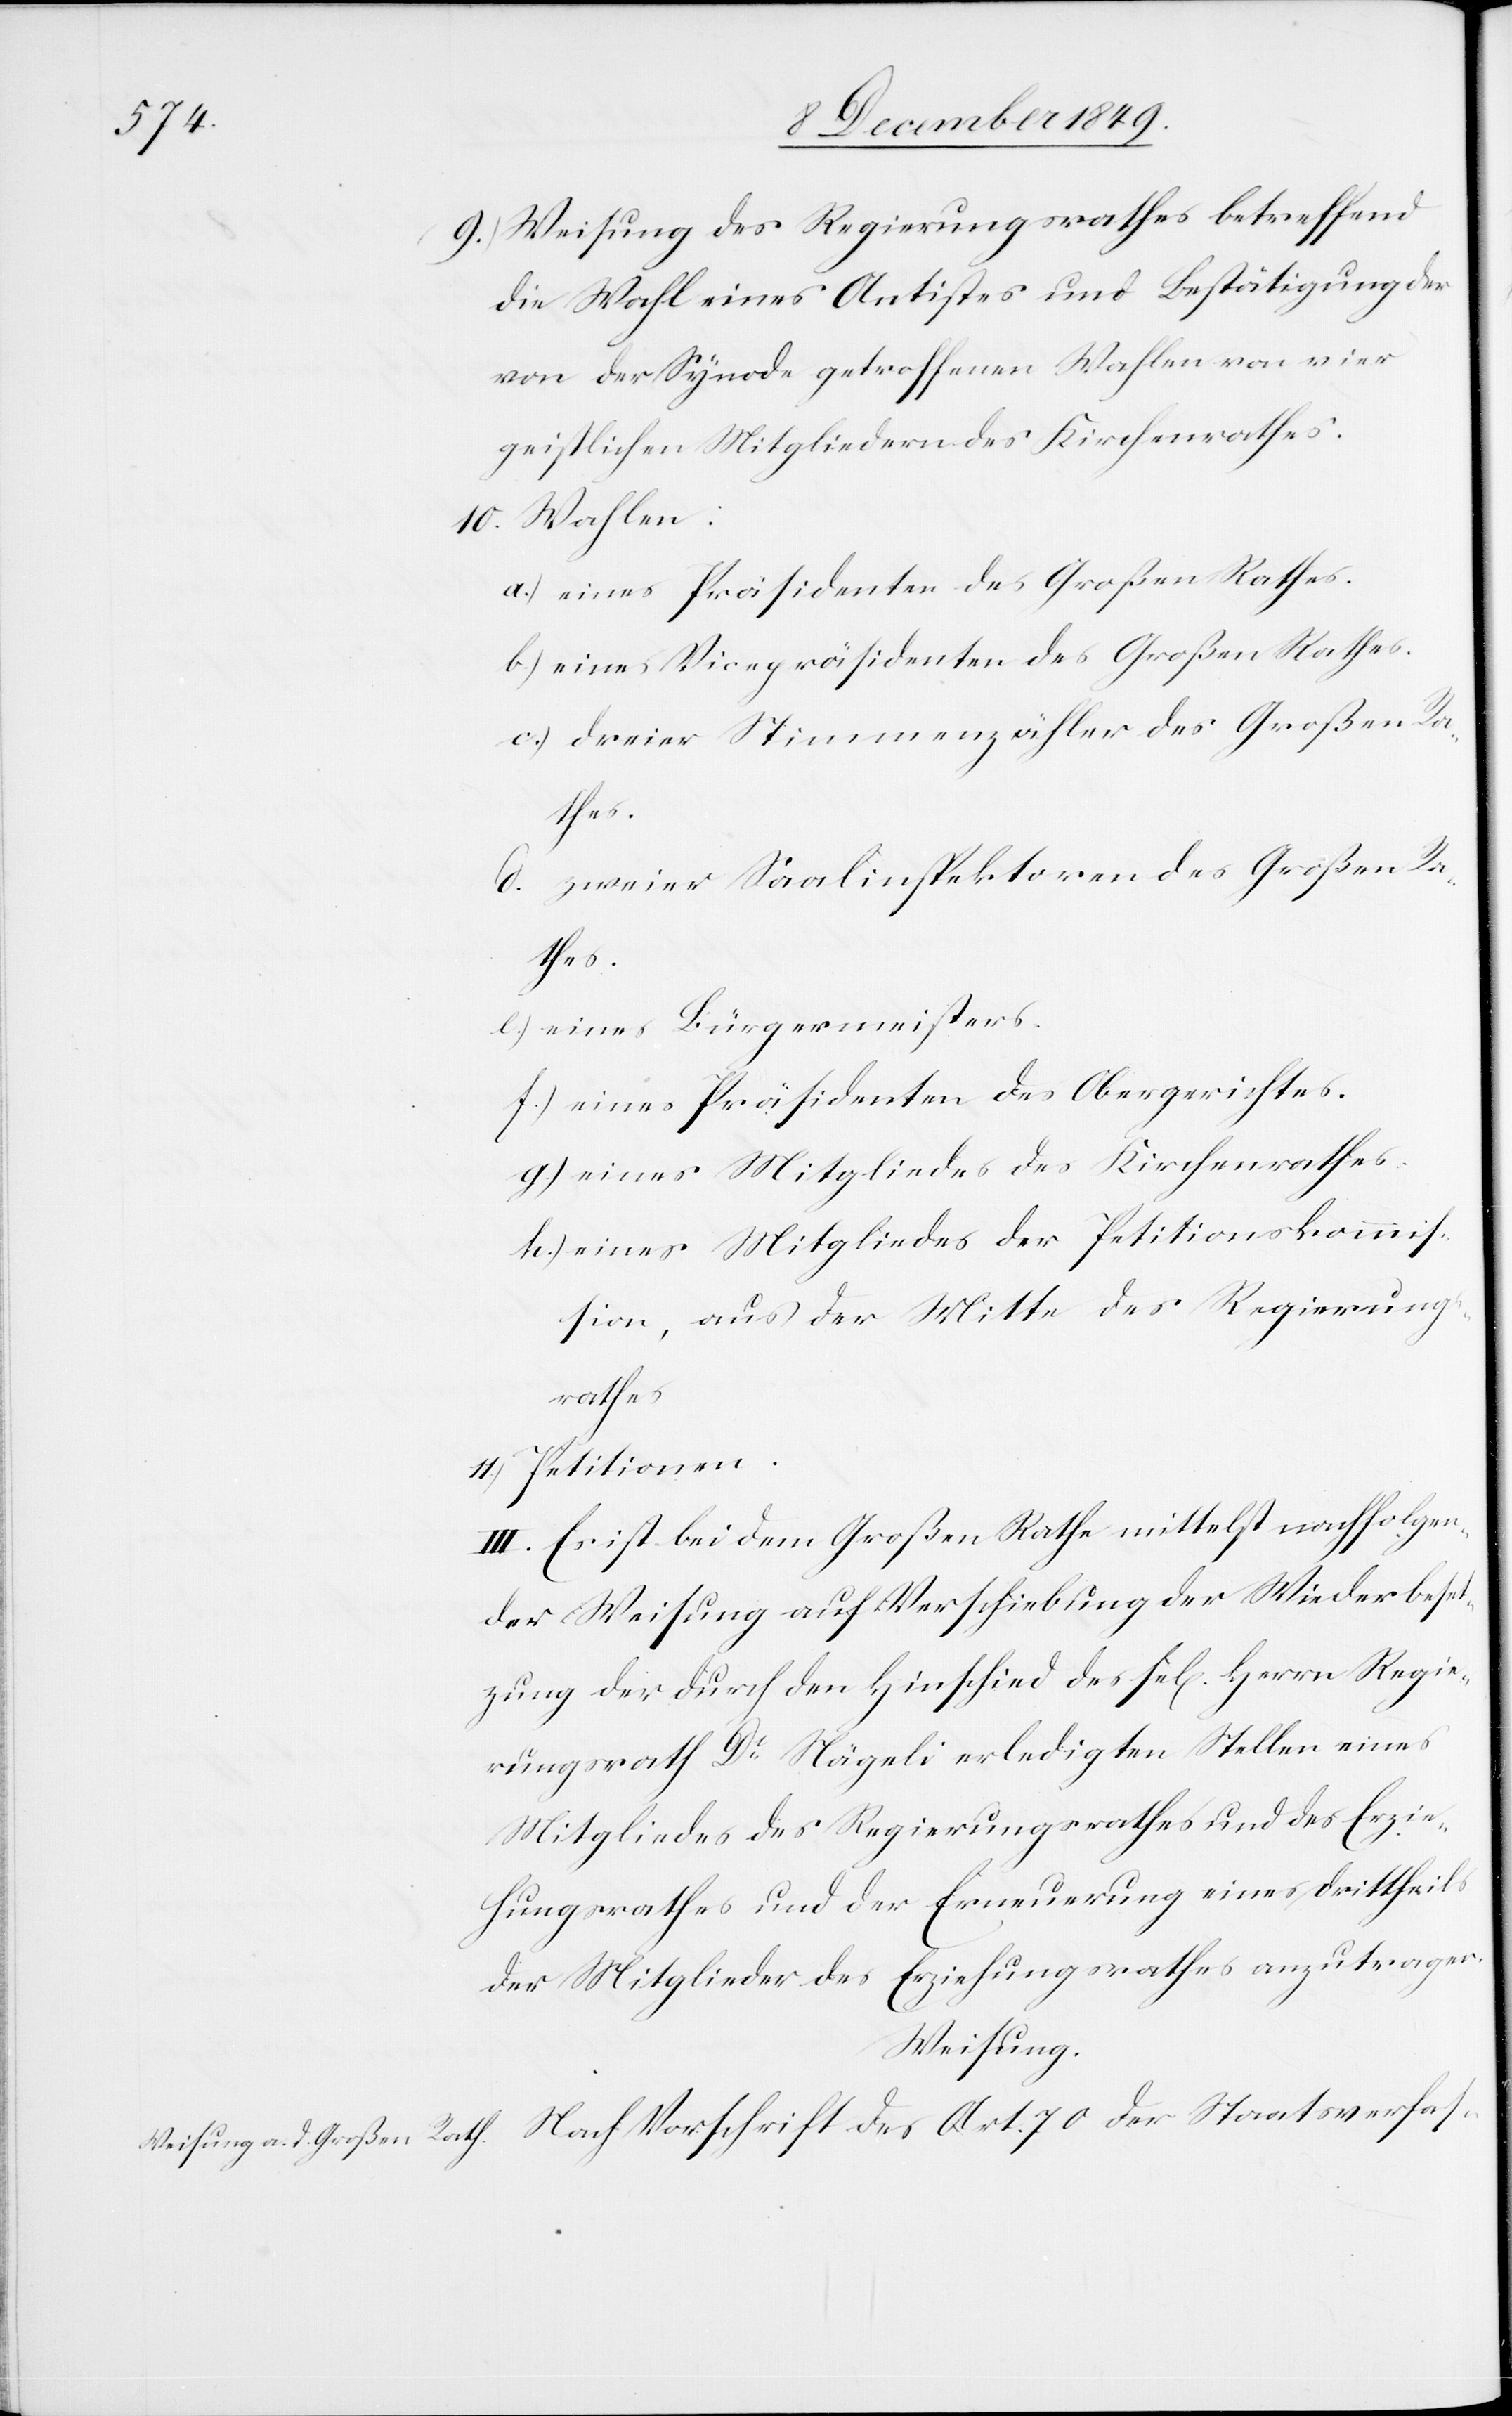
9.) Weisung des Regierungsrathes betreffend
die Wahl eines Antistes und Bestätigung der
von der Synode getroffenen Wahlen von vier
geistlichen Mitgliedern des Kirchenrathes.
10. Wahlen:
a.) eines Präsidenten des Großen Rathes.
b.) eines Vicepräsidenten des Großen Rathes.
c.) dreier Stimmenzähler des Großen Ra¬
thes.
d. zweier Saalinspektoren des Großen Ra¬
der
e. eines Bürgermeisters.
f) eines Präsidenten des Obergerichtes.
g.) eines Mitgliedes des Kirchenrathes.
h.) eines Mitgliedes der Petitionskommiß¬
ion, aus der Mitte des Regierungs¬
rathes.
11.) Petitionen.
III. Es ist bei dem Großen Rathe mittelst nachfolgen¬
der Weisung auf Verschiebung der Wiederbese¬
tzung der durch den Hinschied des sel[igen] Herrn Regie¬
rungsrath Dr Nägeli erledigten Stellen eines
Mitgliedes des Regierungsrathes und des Erzie¬
hungsrathes und der Erneuerung eines Drittheils
der Mitglieder des Erziehungsrathes anzutragen.